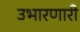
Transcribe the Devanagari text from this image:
उभारणारी